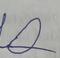
Signature authenticity: forged